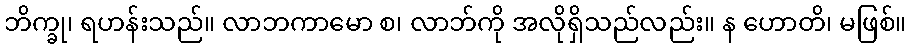
ဘိက္ခု၊ ရဟန်းသည်။ လာဘကာမော စ၊ လာဘ်ကို အလိုရှိသည်လည်း။ န ဟောတိ၊ မဖြစ်။